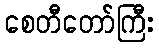
စေတီတော်ကြီး